Plague in India, 1896, 1897 - Volume 3
Year: 1896
Disease focus: Plague
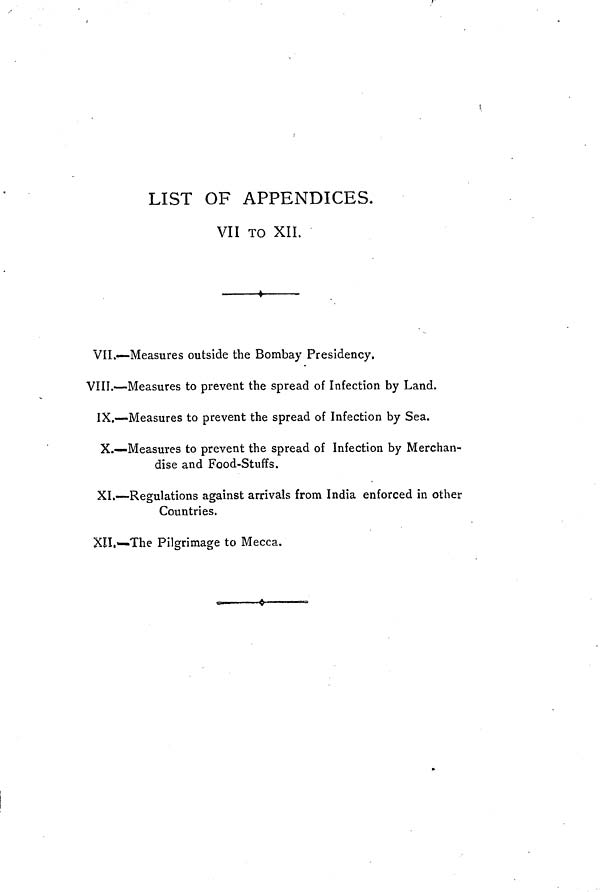
LIST OF APPENDICES.
VII TO XII.
VII.—Measures outside the Bombay Presidency.
VIII.—Measures to prevent the spread of Infection by Land.
IX.—Measures to prevent the spread of Infection by Sea.
X.—Measures to prevent the spread of Infection by Merchan-
dise and Food-Stuffs.
XI.—Regulations against arrivals from India enforced in other
Countries.
XII.—The Pilgrimage to Mecca.